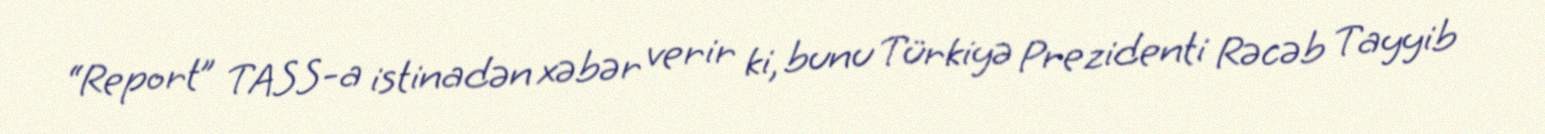
“Report” TASS-a istinadən xəbər verir ki, bunu Türkiyə Prezidenti Rəcəb Tayyib